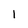
Character: 1